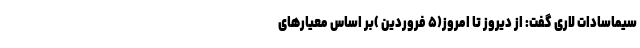
سیماسادات لاری گفت: از دیروز تا امروز(۵ فروردین )بر اساس معیارهای